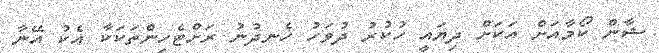
ޝާން ކޯމާއަށް އަކަށް ދިޔައީ ހުކުރު ދުވަހު ހެނދުނު ރަށްޓެހިންތަކަކާ އެކު އޭނާ